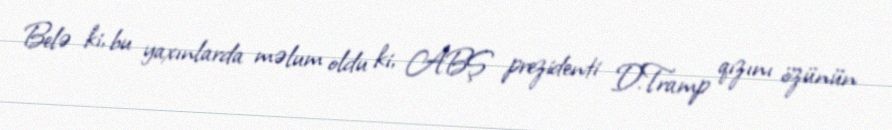
Belə ki, bu yaxınlarda məlum oldu ki, ABŞ prezidenti D.Tramp qızını özünün